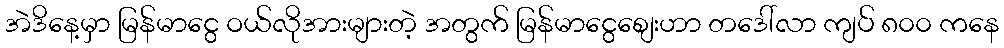
အဲဒိနေ့မှာ မြန်မာငွေ ဝယ်လိုအားများတဲ့ အတွက် မြန်မာငွေစျေးဟာ တဒေါ်လာ ကျပ် ၈၀၀ ကနေ